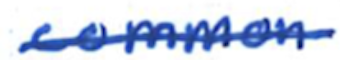
Text: common
Cross-out: single-line
Writing tool: ballpoint